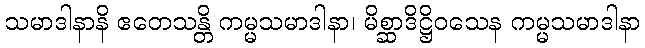
သမာဒါနာနိ ဧတေသန္တိ ကမ္မသမာဒါနာ၊ မိစ္ဆာဒိဋ္ဌိဝသေန ကမ္မသမာဒါနာ